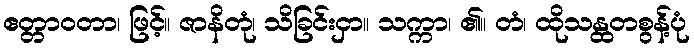
ဧတ္တာဝတာ၊ ဖြင့်။ ဇာနိတုံ၊ သိခြင်းငှာ။ သက္ကာ၊ ၏။ တံ၊ ထိုသန္ထတစွန့်ပုံ